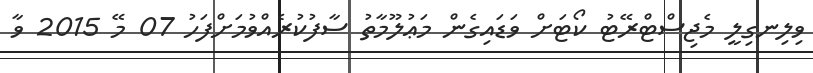
ވިލިނގިލީ މެޖިސްޓްރޭޓު ކޯޓަށް ވަޑައިގެން މަޢުލޫމާތު ސާފުކުރެއްވުމަށްފަހު 07 މޭ 2015 ވާ